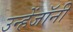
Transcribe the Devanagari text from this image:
उन्हेंजॉनी